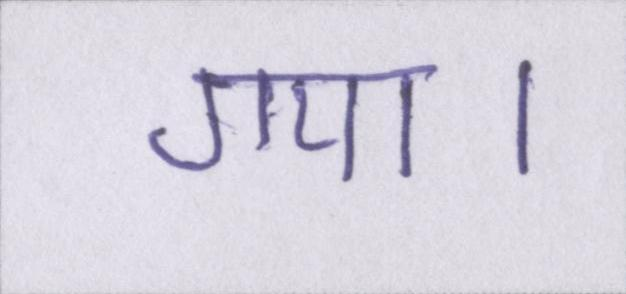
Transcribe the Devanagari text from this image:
गया।